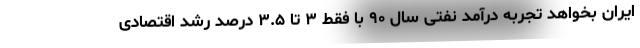
ایران بخواهد تجربه درآمد نفتی سال ۹۰ با فقط ۳ تا ۳.۵ درصد رشد اقتصادی